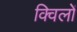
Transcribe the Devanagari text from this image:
क्विलों